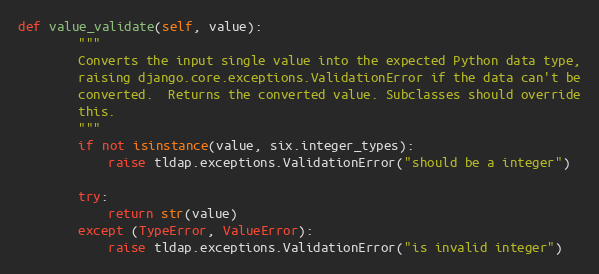
Language: Python
def value_validate(self, value):
        """
        Converts the input single value into the expected Python data type,
        raising django.core.exceptions.ValidationError if the data can't be
        converted.  Returns the converted value. Subclasses should override
        this.
        """
        if not isinstance(value, six.integer_types):
            raise tldap.exceptions.ValidationError("should be a integer")

        try:
            return str(value)
        except (TypeError, ValueError):
            raise tldap.exceptions.ValidationError("is invalid integer")